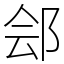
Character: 郐